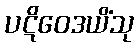
ပဋိဝေဒယိံသု